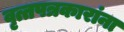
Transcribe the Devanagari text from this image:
वृत्तपत्रकारांना